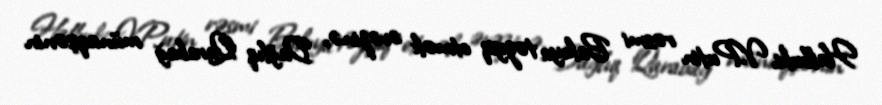
Halbuki, V.Putin rəsmi Bakıya təzyiq etmək əvəzinə, Dağlıq Qarabağ münaqişənin